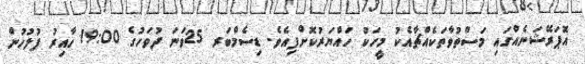
އޮޕަރޭޝަނެއްގައި މަސްތުވާތަކެއްޗާއެކު މީހަކު ހައްޔަރުކޮށްފިއެވެ. ޑިސެމްބަރ 25ވަނަ ދުވަހުގެ 19:00 ހާއިރު ފުލުހުން